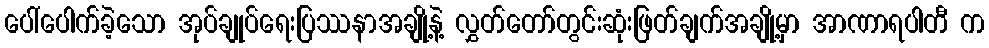
ပေါ်ပေါက်ခဲ့သော အုပ်ချုပ်ရေးပြဿနာအချို့နဲ့ လွှတ်တော်တွင်းဆုံးဖြတ်ချက်အချို့မှာ အာဏာရပါတီ က